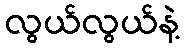
လွယ်လွယ်နဲ့